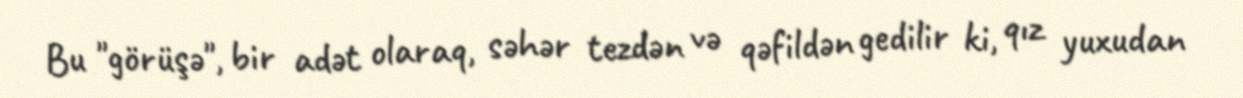
Bu "görüşə", bir adət olaraq, səhər tezdən və qəfildən gedilir ki, qız yuxudan